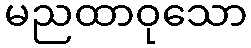
မညထာဝုသော